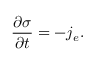
\frac { \partial \sigma } { \partial t } = - j _ { e } .